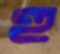
হু